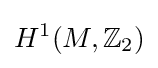
H^{1}(M,{\mathbb {Z} _{2}})